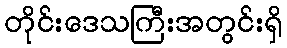
တိုင်းဒေသကြီးအတွင်းရှိ